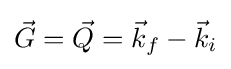
{\vec {G}}={\vec {Q}}={\vec {k}}_{f}-{\vec {k}}_{i}